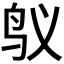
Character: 𱉌